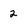
Character: 2